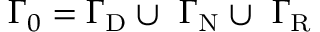
{ { \Gamma } _ { 0 } = { \Gamma } _ { \mathrm { D } } \cup \ { \Gamma } _ { \mathrm { N } } \cup \ { \Gamma } _ { \mathrm { R } } }